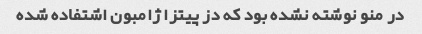
در منو نوشته نشده بود که دز پیتزا ژامبون اشتفاده شده